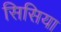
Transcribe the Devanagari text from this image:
सिसिया